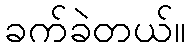
ခက်ခဲတယ်။